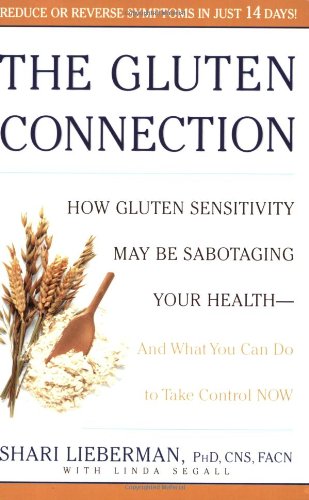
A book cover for The Gluten Connection: How Gluten Sensitivity May Be Sabotaging Your  Health - And What You Can Do to Take Control Now; Shari Lieberman; Health, Fitness & Dieting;